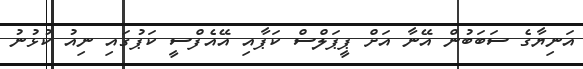
އަނިޔާގެ ސަބަބުން އޭނާ އަށް ޕީޕަލްސް ކަޕާއި އޭއެފްސީ ކަޕުގައި ނިއު ކުޅުނު